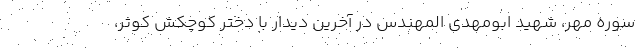
سوره مهر، شهید ابومهدی المهندس در آخرین دیدار با دختر کوچکش کوثر،